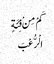
کَمْ مِنْ فِئَةٍ
الْرُّعْبَ